Civil Veterinary Department Bihar reports 1940-50 - 1940-1950
Year: 1940
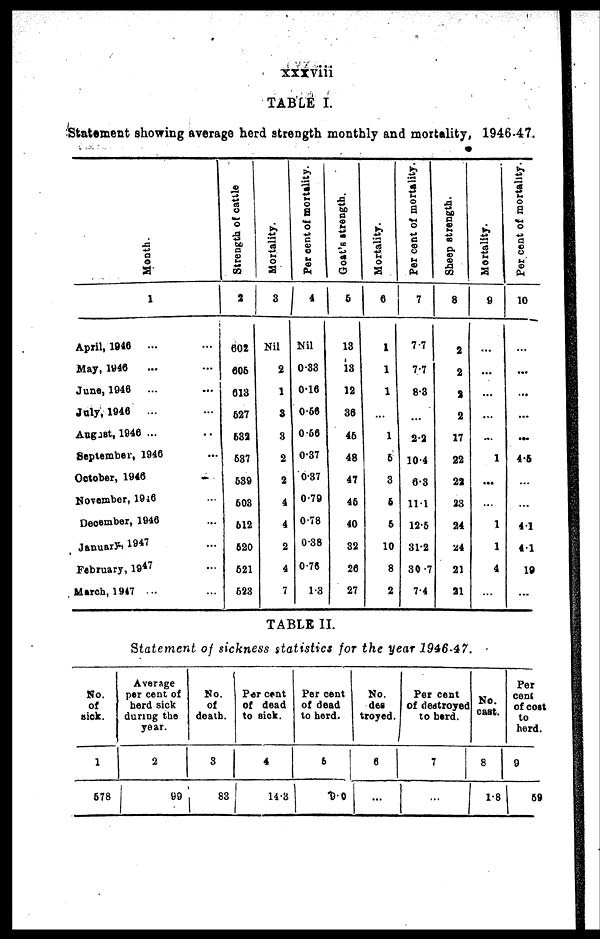
xxxviii
TABLE I.
Statement showing average herd strength monthly and mortality, 1946-47.
Month.
1
April, 1946 ... ...
May, 1946
... ...
June, 1946
... ...
July, 1946
... ...
August, 1946 ... ...
September, 1946 ...
October, 1946
...
November, 19l6 ...
December, 1946 ...
January, 1947 ...
February, 1947 ...
March, 1947 ... ...
Strength of cattle
2
602
605
613
527
532
537
539
503
512
520
521
523
Mortality.
3
Nil
2
1
3
8
2
2
4
4
2
4
7
Per cent of mortality.
4
Nil
0.33
0.16
0.56
0.56
0.37
0.37
0.79
0.78
0.38
0.76
1.3
Goat's strength.
5
13
18
12 1
36
46
48
47
46
40
32
26
27
Mortality.
6
1
1
1
...
1
6
3
6
6
10
8
2
Per cent of mortality.
7
7.7
7.7
8.3
...
22
10.4
6.3
11.1
12.5
31.2
30.7
7.4
Sheep strength.
8
2
2
2
2
17
22
22
23
24
24
21
21
Mortality.
9
...
...
...
...
...
1
...
...
1
1
4
...
Per cent of mortality.
10
...
...
...
...
...
4.5
...
...
4 1
41
10
...
TABLE II.
Statement of sickness statistics for the year 2946-4 7.
No.
of
sick.
1
578
Average
per cent of
herd sick
during the
year.
2
99
No.
of
death.
3
83
Per cent
of dead
to sick.
4
14.3
Per cent
of dead
to herd.
5
9.0
No.
des
troyed.
6
...
Per cent
of destroyed
to herd.
7
...
No.
cast.
8
1.8
Per
cent
of cost
to
herd.
9
59